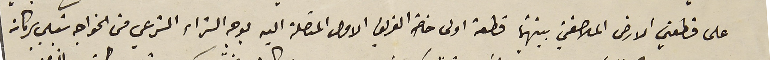
على قطعتي الارض الملاصقتي بينهما قطعة اولى خاصة الفريق الاول المتصلة اليه بوجه الشراء الشرعي من الخواجه شبلي بركات